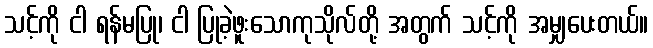
သင့်ကို ငါ ရန်မပြု၊ ငါ ပြုခဲ့ဖူးသောကုသိုလ်တို့ အတွက် သင့်ကို အမျှပေးတယ်။